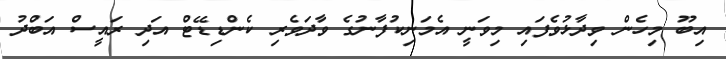
އިބޫ މިހެން ވިދާޅުވެފައި މިވަނީ އެމަނިކުފާނުގެ ވާދަވެރި ކެންޑިޑޭޓް އަދި ރައީސް އަބްދު